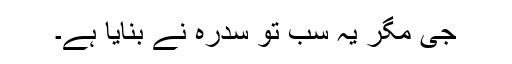
جی مگر یہ سب تو سدرہ نے بنایا ہے۔